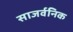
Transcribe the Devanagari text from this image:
साजर्वनिक